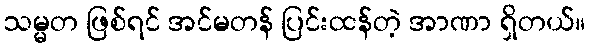
သမ္မတ ဖြစ်ရင် အင်မတန် ပြင်းထန်တဲ့ အာဏာ ရှိတယ်။